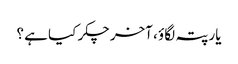
یار پتہ لگاؤ ، آخر چکر کیا ہے ؟